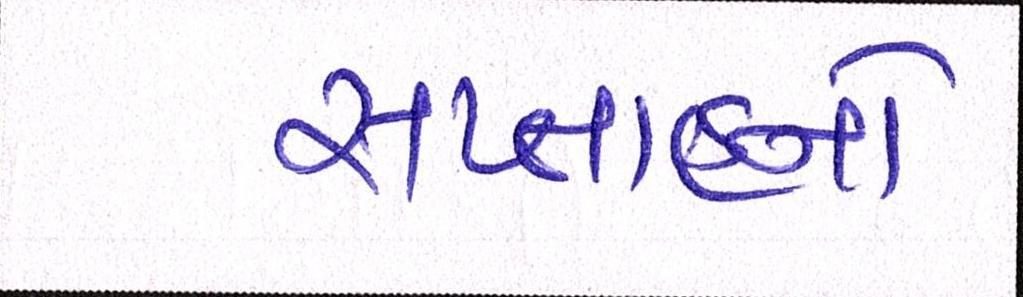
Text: સપ્તાહનો